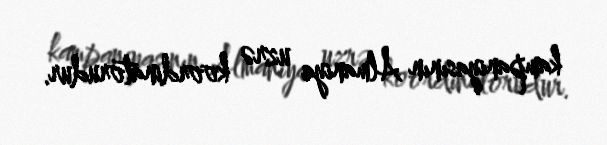
kampaniyasının Almaniya uzrə koordinatorudur.